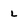
Character: L